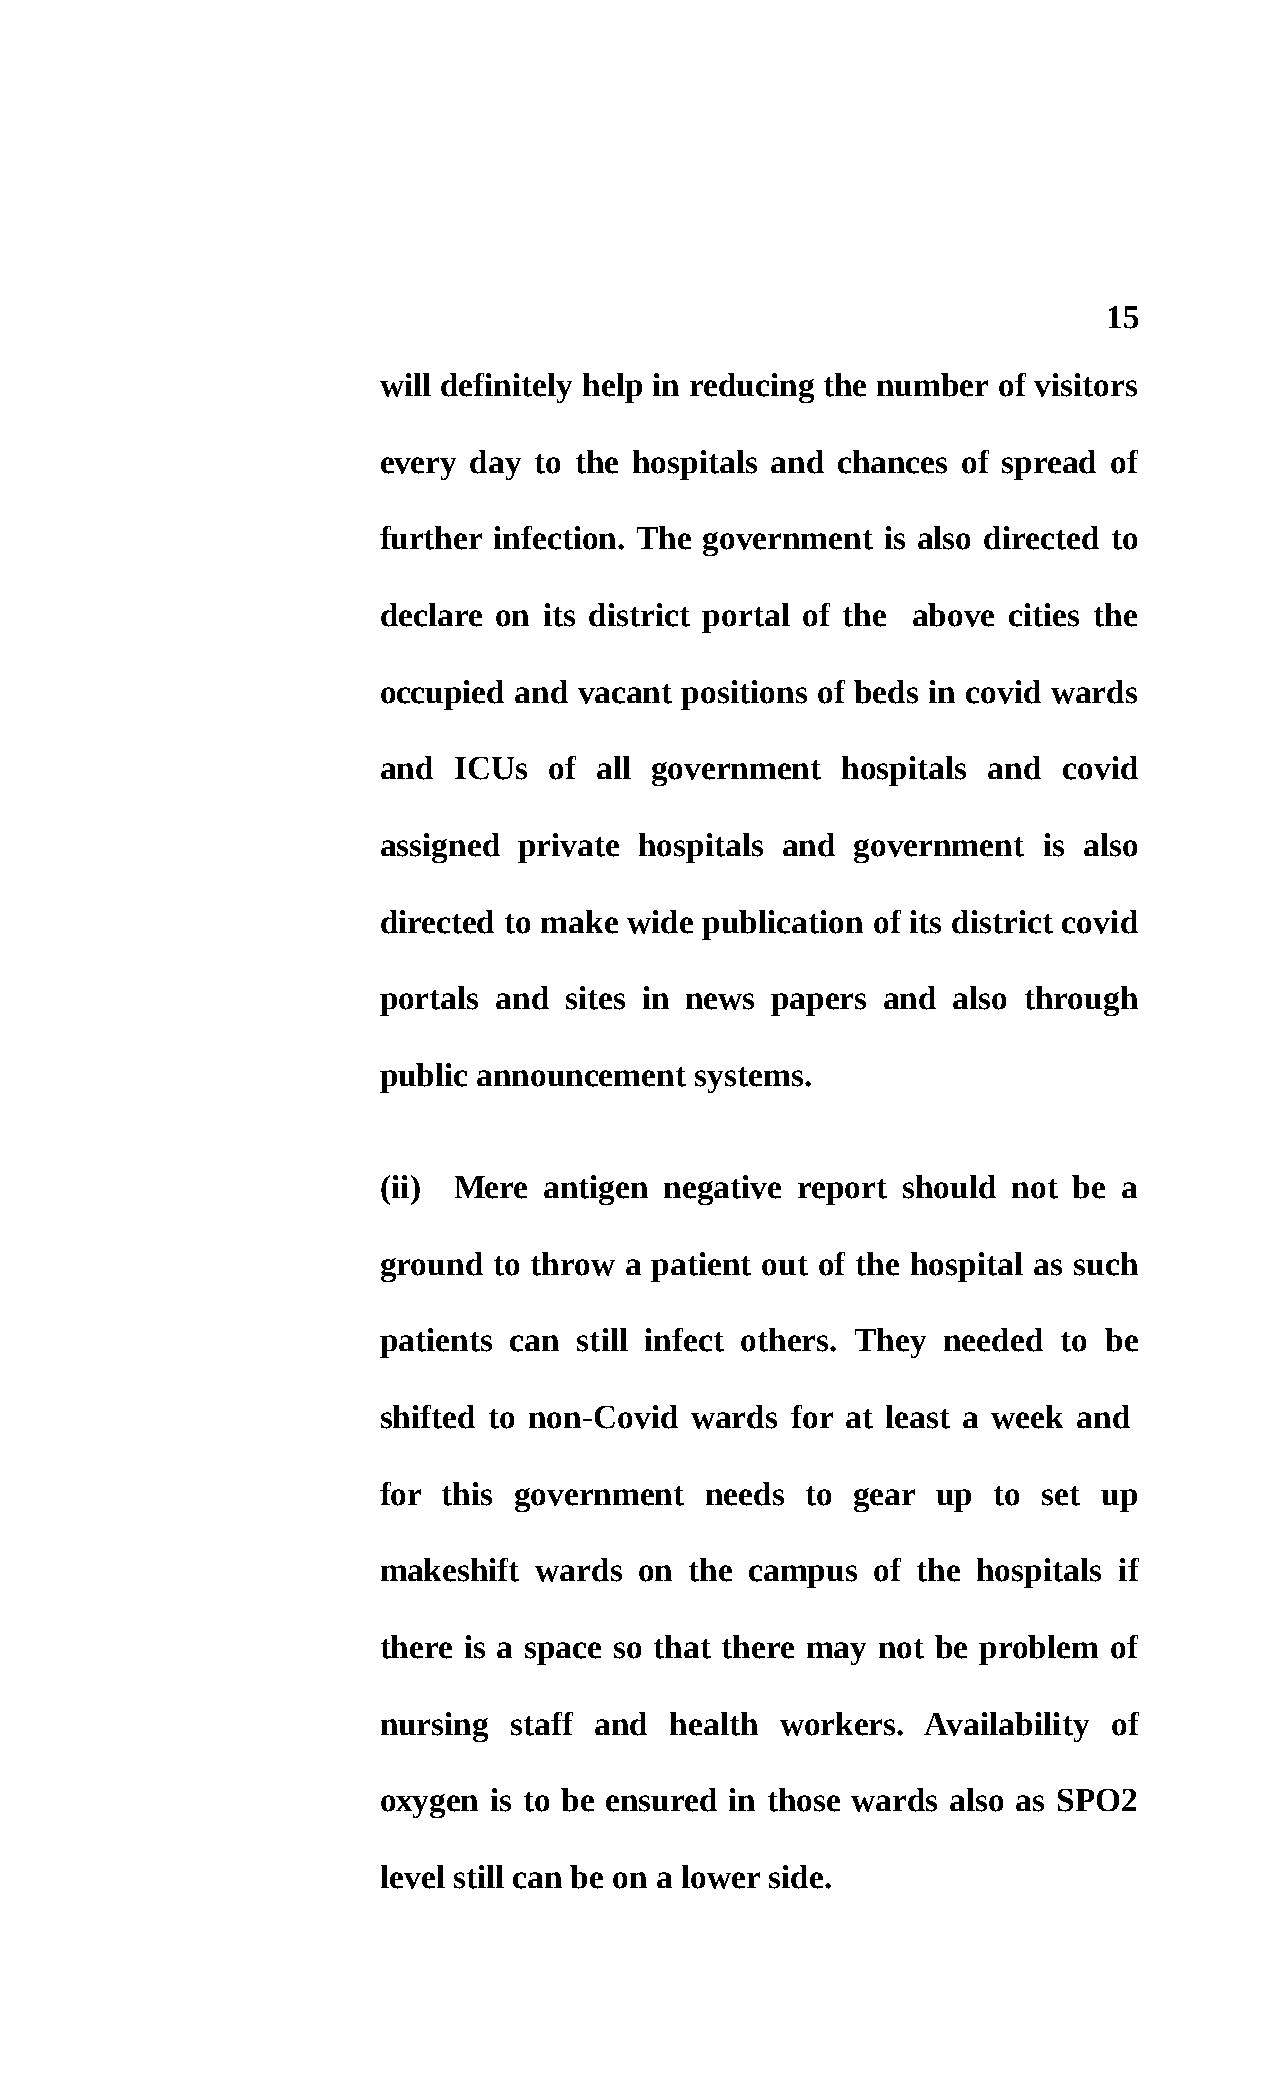
15
 will definitely help in reducing the number of visitors
 every day to the hospitals and chances of spread of
 further infection. The government is also directed to
 declare on its district portal of the above cities the
 occupied and vacant positions of beds in covid wards
 and  ICUs  of all government   hospitals and covid
 assigned private hospitals and  government  is also
 directed to make wide publication of its district covid
 portals and sites in news papers  and also through
 public announcement  systems.
 (ii) Mere  antigen negative report should not be a
 ground  to throw a patient out of the hospital as such
 patients can still infect others. They needed to be
 shifted to non-Covid wards for at least a week and
 for this government   needs to  gear up  to set up
 makeshift wards  on  the campus  of the hospitals if
 there is a space so that there may not be problem of
 nursing  staff and health  workers. Availability of
 oxygen is to be ensured in those wards also as SPO2
 level still can be on a lower side.